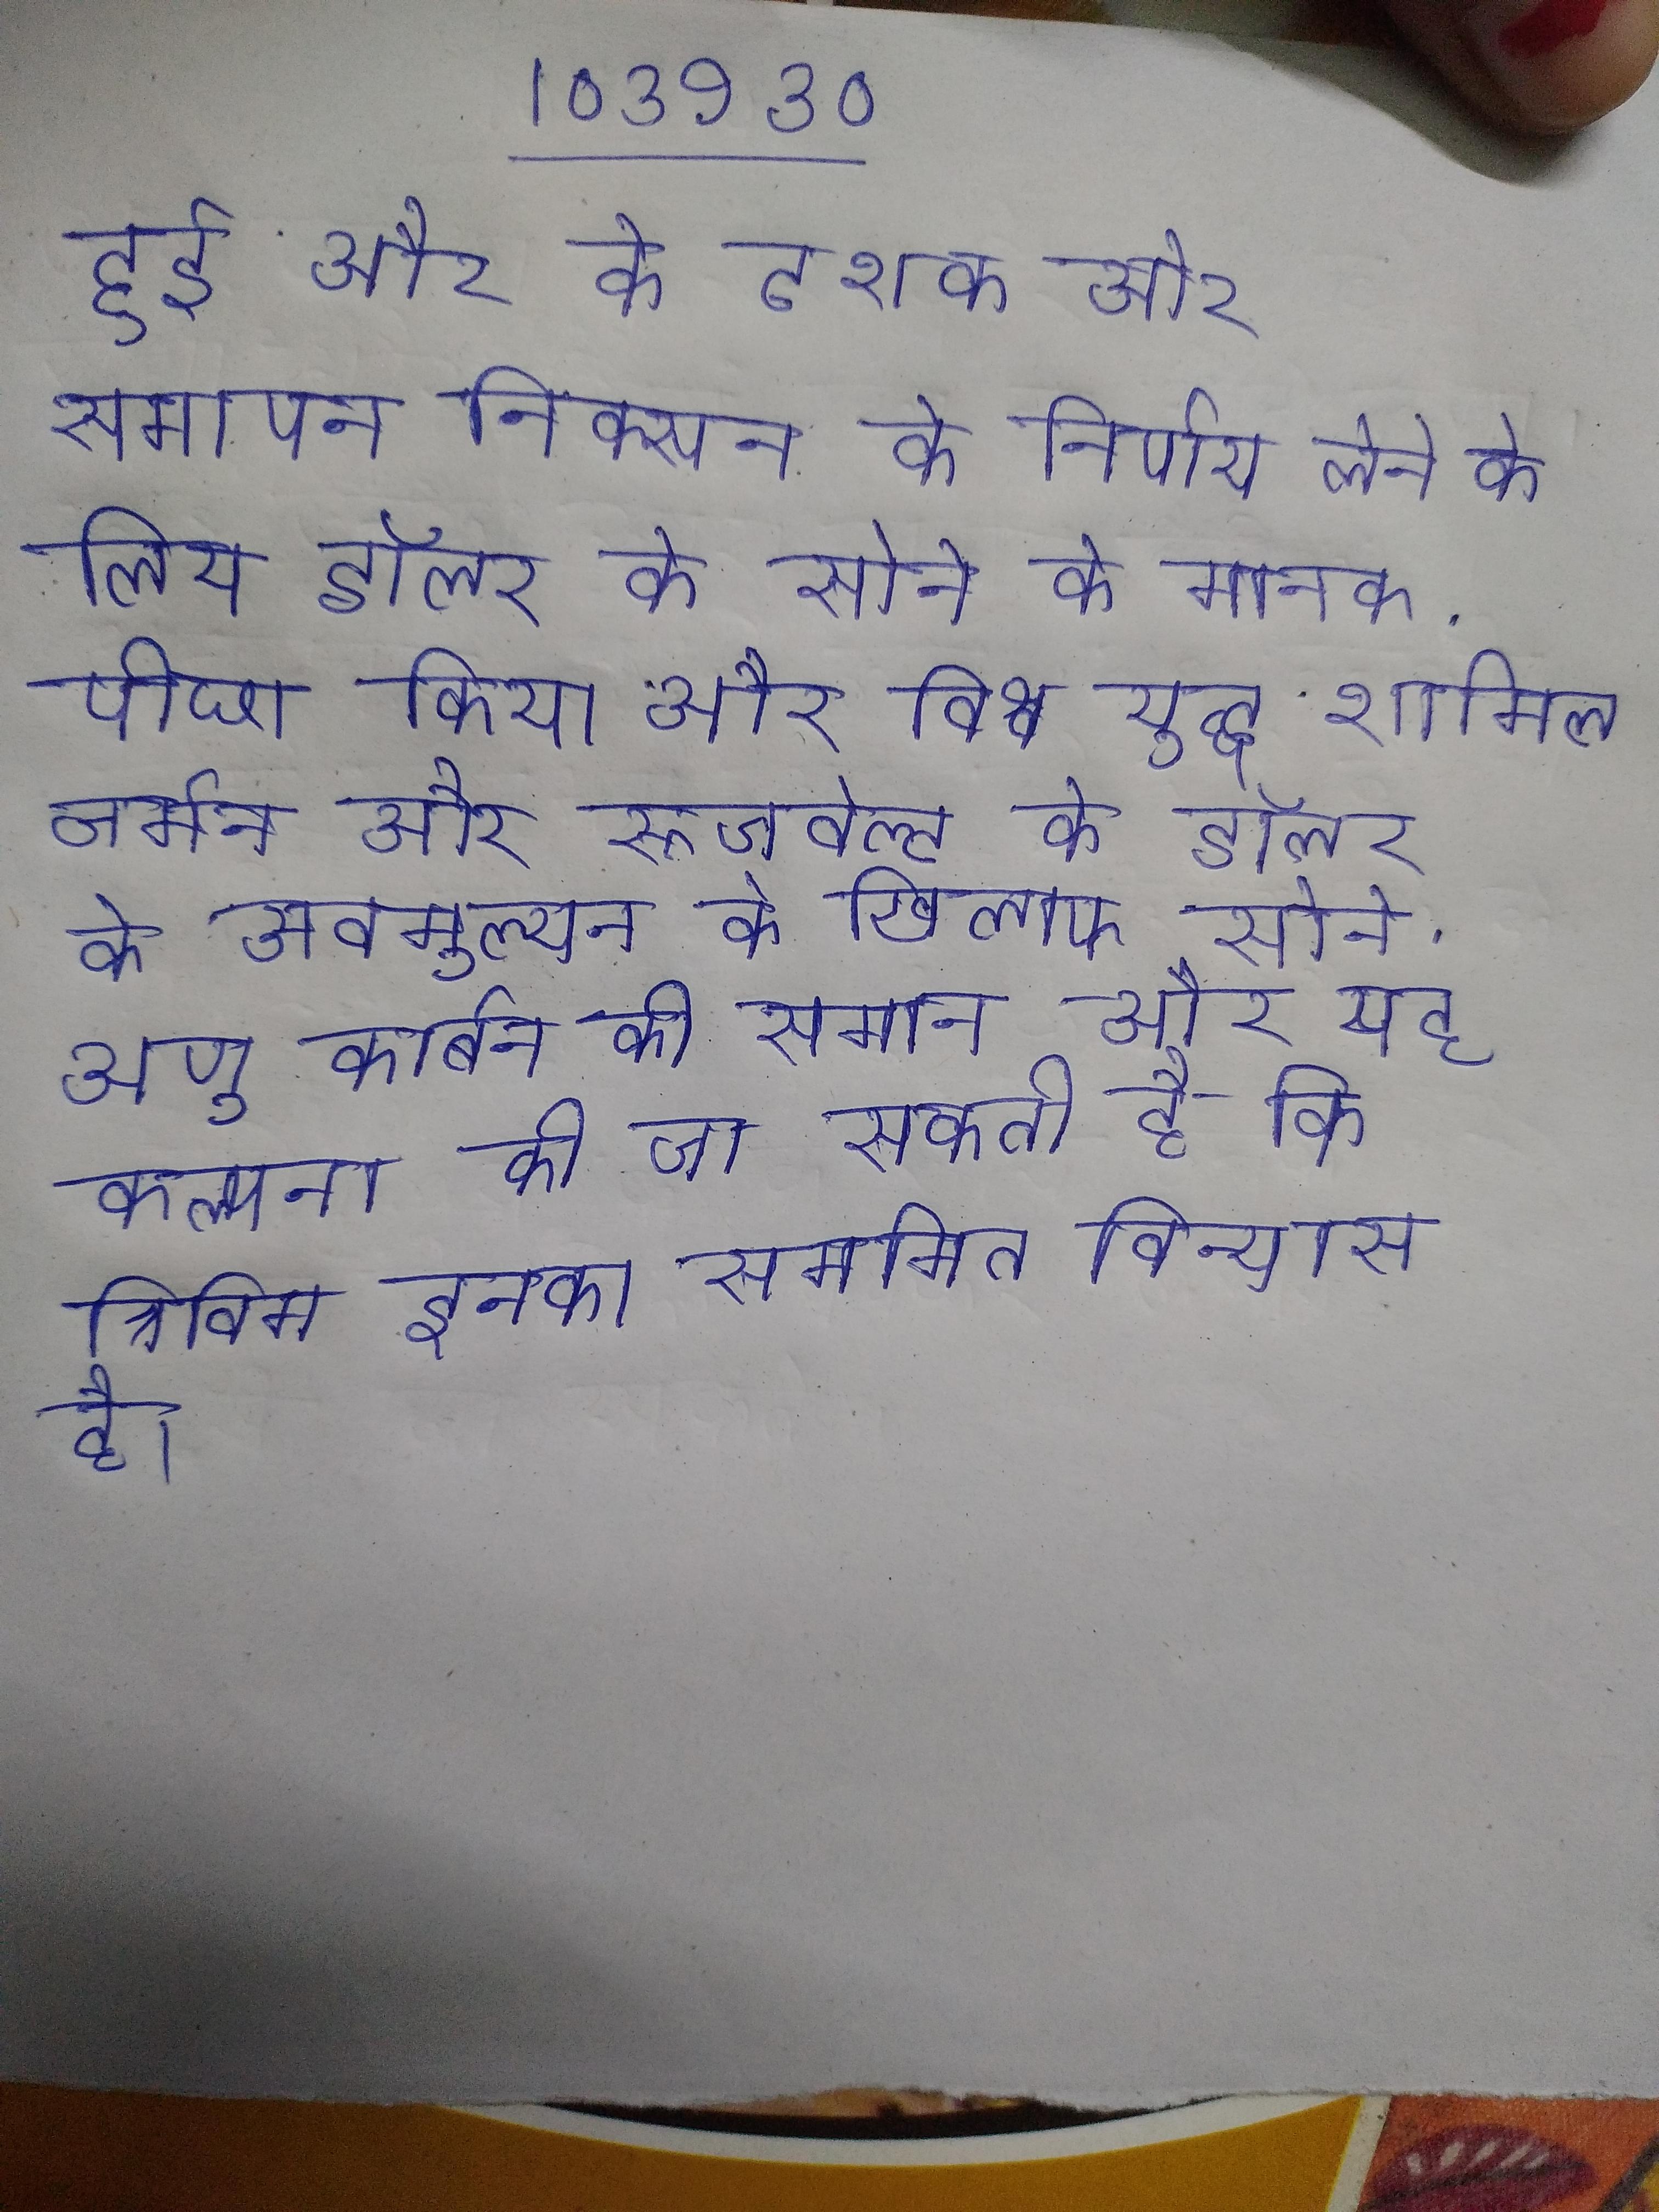
हुई और के दशक और समापन निक्सन के निर्णय लेने के लिए डॉलर के सोने के मानक . पीछा किया और विश्व युद्ध शामिल जर्मन और रूजवेल्ट के डॉलर के अवमूल्यन के खिलाफ सोने . अणु कार्बन की समान और यह कल्पना की जा सकती है कि त्रिविम इनका सममित विन्यास है ।